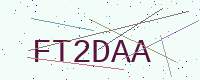
Text: FT2DAA